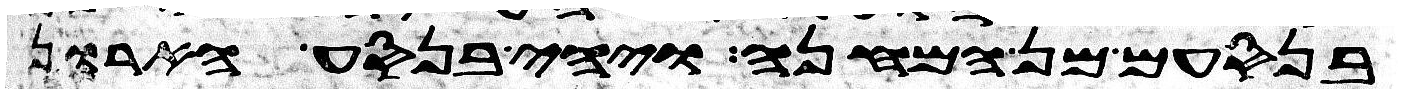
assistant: בנסעם מן המחנה ויהי בנסע הארון